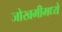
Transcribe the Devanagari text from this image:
जोखमीमध्ये